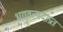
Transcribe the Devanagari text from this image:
भगवत्पदाप्रत